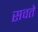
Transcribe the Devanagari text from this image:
सवते